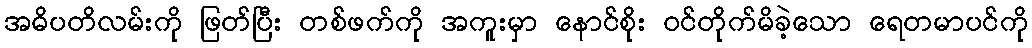
အဓိပတိလမ်းကို ဖြတ်ပြီး တစ်ဖက်ကို အကူးမှာ နောင်စိုး ဝင်တိုက်မိခဲ့သော ရေတမာပင်ကို